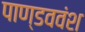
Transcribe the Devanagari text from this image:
पाण्डववंश